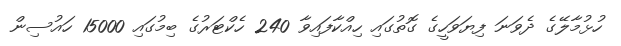
ހުޅުމާލޭގެ ދެވަނަ ފިޔަވަހީގެ ގޮތުގައި ހިއްކާފައިވާ 240 ހެކްޓަރުގެ ބިމުގައި 15000 ހައުސިން